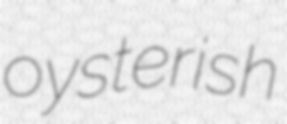
oysterish